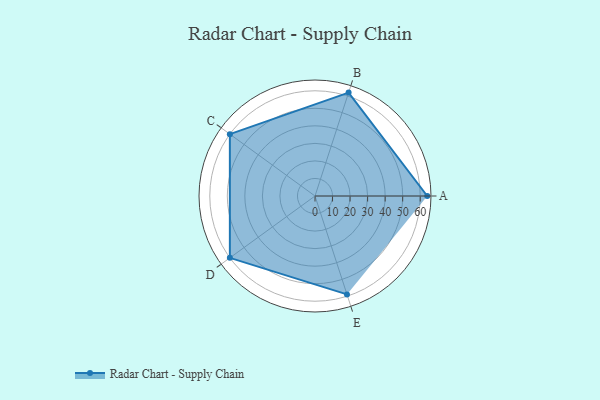
{"axis": {"x": "Skill", "y": "Score"}, "legend": ["Profile"], "data": [{"x": "A", "y": 64.0, "type": "Profile"}, {"x": "B", "y": 62.0, "type": "Profile"}, {"x": "C", "y": 60.0, "type": "Profile"}, {"x": "D", "y": 60.0, "type": "Profile"}, {"x": "E", "y": 59.0, "type": "Profile"}]}